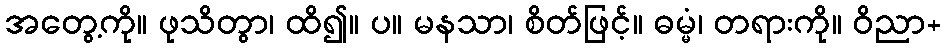
အတွေ့ကို။ ဖုသိတွာ၊ ထိ၍။ ပ။ မနသာ၊ စိတ်ဖြင့်။ ဓမ္မံ၊ တရားကို။ ဝိညာ+